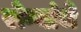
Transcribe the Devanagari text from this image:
रोग्यांचे